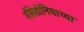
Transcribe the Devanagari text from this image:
मॅसेडॉनियाच्या